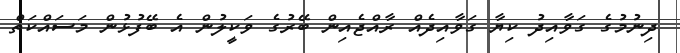
ދިނުމުގެ ގަވާއިދު ކިޔާ ގަވާއިދެއް ރާއްޖެއިން ބޭރުގެ ވަކީލުން އެ ބޭފުޅުން މަސައްކަތް